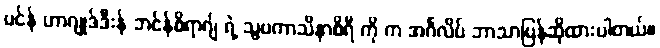
မင်န် ဟာဂျုဒ်ဒီးန် ဘင်န်စိရာဂျ် ရဲ့ သွဗကာသိနာစိရီ ကို က အင်္ဂလိပ် ဘာသာပြန်ဆိုထားပါတယ်။